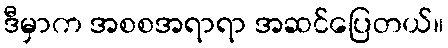
ဒီမှာက အစစအရာရာ အဆင်ပြေတယ်။